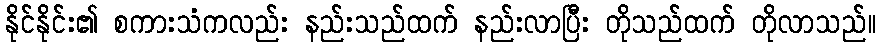
နိုင်နိုင်း၏ စကားသံကလည်း နည်းသည်ထက် နည်းလာပြီး တိုသည်ထက် တိုလာသည်။